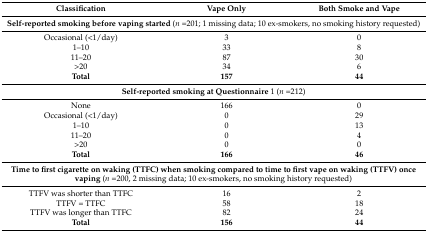
<table><thead><tr><td><b>Classification</b></td><td><b>Vape Only</b></td><td><b>Both Smoke and Vape</b></td></tr></thead><tbody><tr><td colspan="3"><b>Self-reported smoking before vaping started</b> (<i>n</i> =201; 1 missing data; 10 ex-smokers, no smoking history requested)</td></tr><tr><td>Occasional (&lt;1/day)</td><td>3</td><td>0</td></tr><tr><td>1–10</td><td>33</td><td>8</td></tr><tr><td>11–20</td><td>87</td><td>30</td></tr><tr><td>&gt;20</td><td>34</td><td>6</td></tr><tr><td><b>Total</b></td><td><b>157</b></td><td><b>44</b></td></tr><tr><td colspan="3"><b>Self-reported smoking at Questionnaire</b> 1 (<i>n</i> =212)</td></tr><tr><td>None</td><td>166</td><td>0</td></tr><tr><td>Occasional (&lt;1/day)</td><td>0</td><td>29</td></tr><tr><td>1–10</td><td>0</td><td>13</td></tr><tr><td>11–20</td><td>0</td><td>4</td></tr><tr><td>&gt;20</td><td>0</td><td>0</td></tr><tr><td><b>Total</b></td><td><b>166</b></td><td><b>46</b></td></tr><tr><td colspan="3"><b>Time to first cigarette on waking (TTFC) when smoking compared to time to first vape on waking (TTFV) once vaping</b> (<i>n</i> =200, 2 missing data; 10 ex-smokers, no smoking history requested)</td></tr><tr><td>TTFV was shorter than TTFC</td><td>16</td><td>2</td></tr><tr><td>TTFV = TTFC</td><td>58</td><td>18</td></tr><tr><td>TTFV was longer than TTFC</td><td>82</td><td>24</td></tr><tr><td><b>Total</b></td><td><b>156</b></td><td><b>44</b></td></tr></tbody></table>